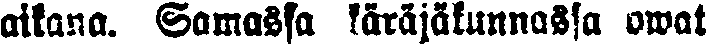
aikana. Samassa käräjäkunnassa owat